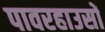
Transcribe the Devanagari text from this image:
पावरहाउसों